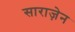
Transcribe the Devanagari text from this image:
साराज़ेन